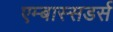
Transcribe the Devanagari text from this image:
एम्बास्सडर्स